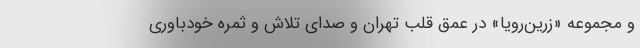
و مجموعه «زرین‌رویا» در عمق قلب تهران و صدای تلاش و ثمره خودباوری